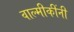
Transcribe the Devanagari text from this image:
वाल्मीकींनी